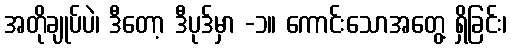
အတိုချုပ်ပဲ၊ ဒီတော့ ဒီပုဒ်မှာ -၁။ ကောင်းသောအတွေ့ ရှိခြင်း၊